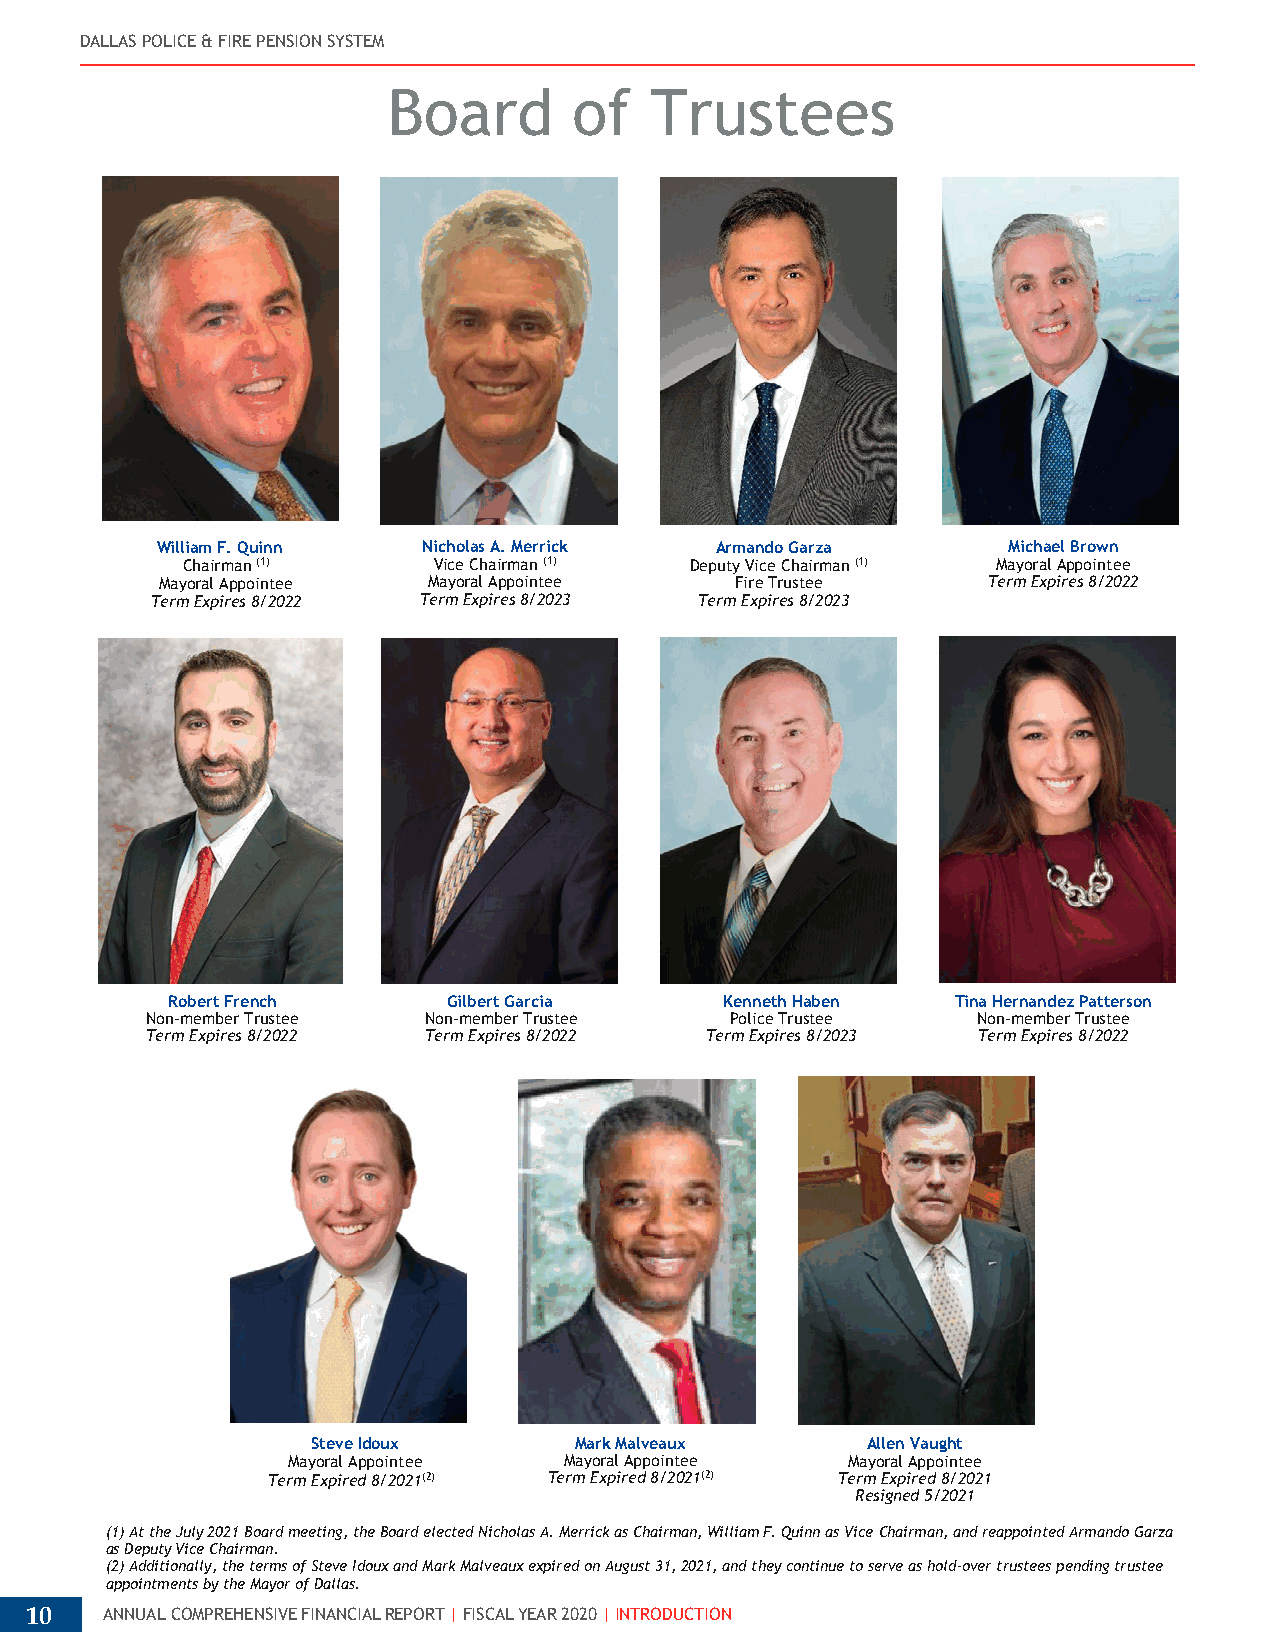
DALLAS POLICE & FIRE PENSION SYSTEM
 Board       of   Trustees
 William F. Quinn  Nicholas A. Merrick Armando Garza      Michael Brown
 Chairman (1)     Vice Chairman (1) Deputy Vice Chairman (1) Mayoral Appointee
 Mayoral Appointee Mayoral Appointee   Fire Trustee    Term Expires 8/2022
 Term Expires 8/2022 Term Expires 8/2023 Term Expires 8/2023
 Robert French      Gilbert Garcia    Kenneth Haben  Tina Hernandez Patterson
 Non-member Trustee Non-member Trustee Police Trustee   Non-member Trustee
 Term Expires 8/2022 Term Expires 8/2022 Term Expires 8/2023 Term Expires 8/2022
 Steve Idoux      Mark Malveaux      Allen Vaught
 Mayoral Appointee Mayoral Appointee  Mayoral Appointee
 Term Expired 8/2021(2) Term Expired 8/2021(2) Term Expired 8/2021
 Resigned 5/2021
 (1) At the July 2021 Board meeting, the Board elected Nicholas A. Merrick as Chairman, William F. Quinn as Vice Chairman, and reappointed Armando Garza
 as Deputy Vice Chairman.
 (2) Additionally, the terms of Steve Idoux and Mark Malveaux expired on August 31, 2021, and they continue to serve as hold-over trustees pending trustee
 appointments by the Mayor of Dallas.
 10   ANNUAL COMPREHENSIVE FINANCIAL REPORT | FISCAL YEAR 2020 | INTRODUCTION